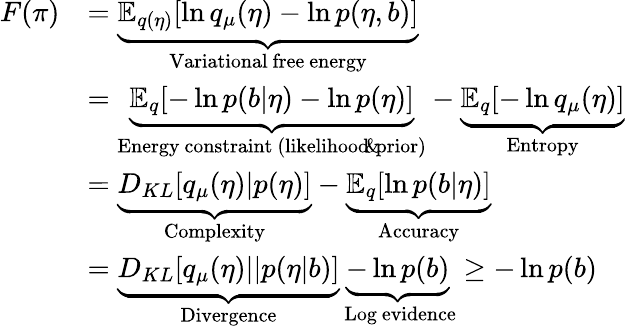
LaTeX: \begin{array}{rl}{F(\pi)}&{=\underbrace{{{\mathbb{E}}_{q(\eta)}}[\ln{{q}_{\mu}}(\eta)-\ln p(\eta,b)]}_{\mathrm{Variational~free~energy}}}\\ &{=\underbrace{{{\mathbb{E}}_{q}}[-\ln p(b|\eta)-\ln p(\eta)]}_{\mathrm{Energy~constraint~(likelihood~}\! \! \And\! \! \mathrm{~prior)}}-\underbrace{{{\mathbb{E}}_{q}}[-\ln{{q}_{\mu}}(\eta)]}_{\mathrm{Entropy}}}\\ &{=\underbrace{{{D}_{KL}}[{{q}_{\mu}}(\eta)|p(\eta)]}_{\mathrm{Complexity}}-\underbrace{{{\mathbb{E}}_{q}}[\ln p(b|\eta)]}_{\mathrm{Accuracy}}}\\ &{=\underbrace{{{D}_{KL}}[{{q}_{\mu}}(\eta)||p(\eta|b)]}_{\mathrm{Divergence}}\underbrace{-\ln p(b)}_{\mathrm{~Log~evidence}}\ge-\ln p(b)}\end{array}